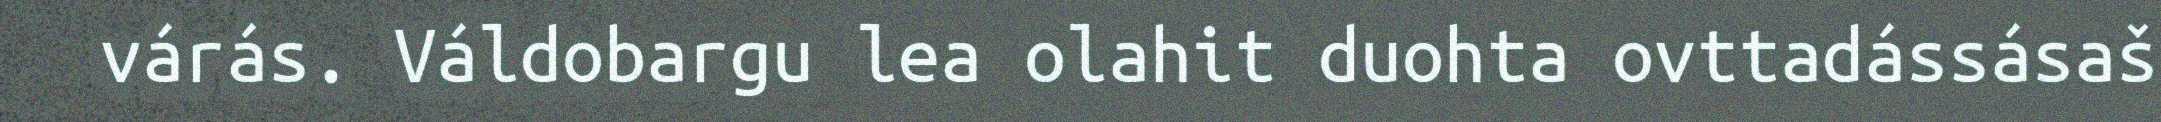
várás. Váldobargu lea olahit duohta ovttadássásaš